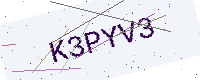
Text: K3PYV3